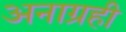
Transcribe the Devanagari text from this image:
अनाग्रही